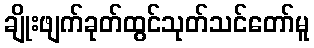
ချိုးဖျက်ခုတ်ထွင်သုတ်သင်တော်မူ